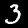
Label: 3